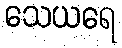
သေယရေ